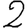
Digit: 2